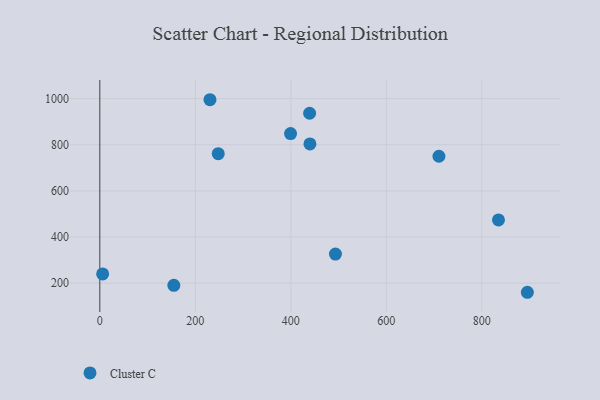
{"axis": {"x": "Distance", "y": "Exam Score"}, "legend": ["Cluster C"], "data": [{"x": "493.4", "y": 326.0, "type": "Cluster C"}, {"x": "5.9", "y": 239.7, "type": "Cluster C"}, {"x": "439.3", "y": 936.8, "type": "Cluster C"}, {"x": "399.4", "y": 848.5, "type": "Cluster C"}, {"x": "230.7", "y": 995.4, "type": "Cluster C"}, {"x": "710.1", "y": 750.2, "type": "Cluster C"}, {"x": "155.0", "y": 190.6, "type": "Cluster C"}, {"x": "440.0", "y": 803.9, "type": "Cluster C"}, {"x": "834.8", "y": 474.0, "type": "Cluster C"}, {"x": "248.0", "y": 761.6, "type": "Cluster C"}, {"x": "895.3", "y": 160.3, "type": "Cluster C"}]}